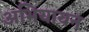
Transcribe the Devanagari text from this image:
अभियायन